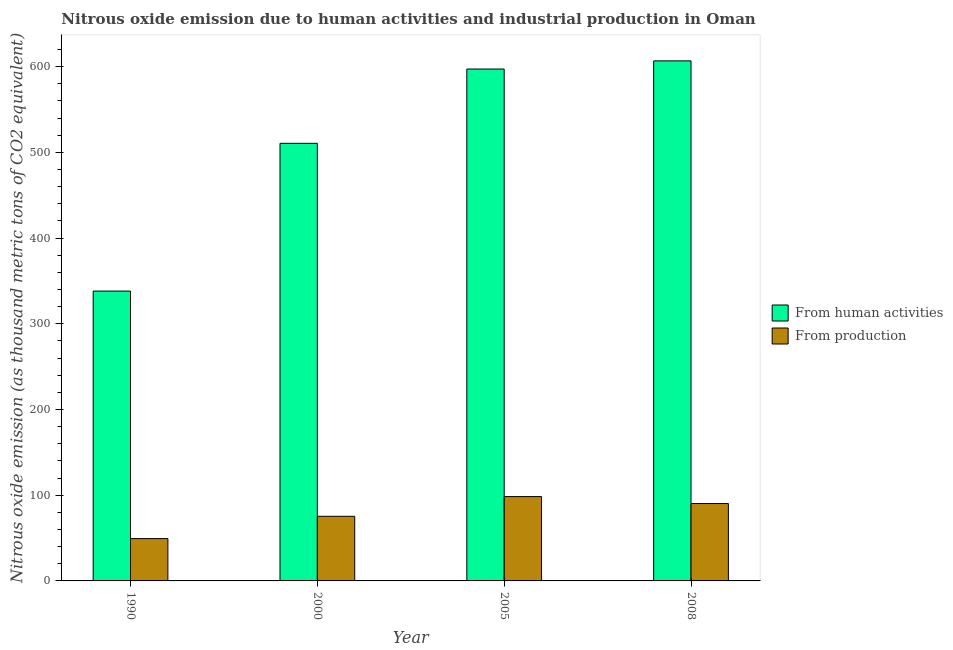
| Year | From human activities | From production |
 | --- | --- | --- |
 | 1990 | 338 | 49.4 |
 | 2000 | 511 | 75.4 |
 | 2005 | 597 | 98.4 |
 | 2008 | 607 | 90.3 |